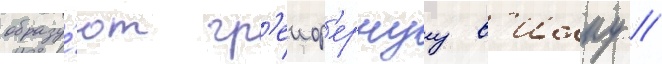
образу́ют гр'еиф'ернуу в'илку //